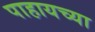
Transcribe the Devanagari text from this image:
पाहायच्या